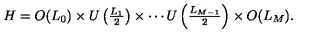
H = O ( L _ { 0 } ) \times U \left( { \textstyle \frac { L _ { 1 } } { 2 } } \right) \times \cdots U \left( { \textstyle \frac { L _ { M - 1 } } { 2 } } \right) \times O ( L _ { M } ) .